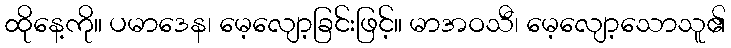
ထိုနေ့ကို။ ပမာဒေန၊ မေ့လျော့ခြင်းဖြင့်။ မာအဝသီ၊ မေ့လျော့သောသူ၏